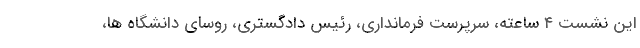
این نشست ۴ ساعته، سرپرست فرمانداری، رئیس دادگستری، روسای دانشگاه ها،